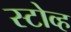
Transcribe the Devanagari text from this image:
स्टोव्ह